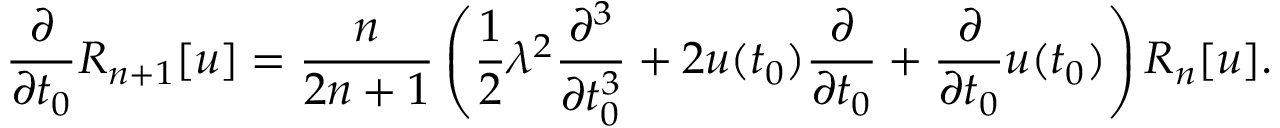
\frac { \partial } { \partial t _ { 0 } } R _ { n + 1 } [ u ] = \frac { n } { 2 n + 1 } \left( \frac { 1 } { 2 } \lambda ^ { 2 } \frac { \partial ^ { 3 } } { \partial t _ { 0 } ^ { 3 } } + 2 u ( t _ { 0 } ) \frac { \partial } { \partial t _ { 0 } } + \frac { \partial } { \partial t _ { 0 } } u ( t _ { 0 } ) \right) R _ { n } [ u ] .